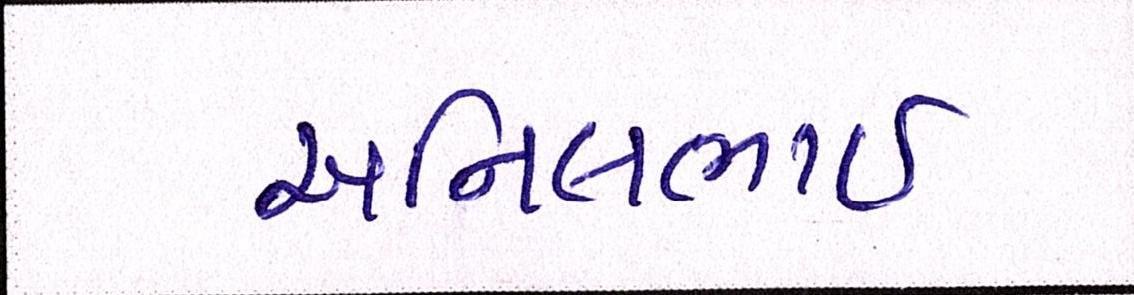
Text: અનિલભાઇ